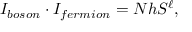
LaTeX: I _ { b o s o n } \cdot I _ { f e r m i o n } = N h S ^ { \ell } ,